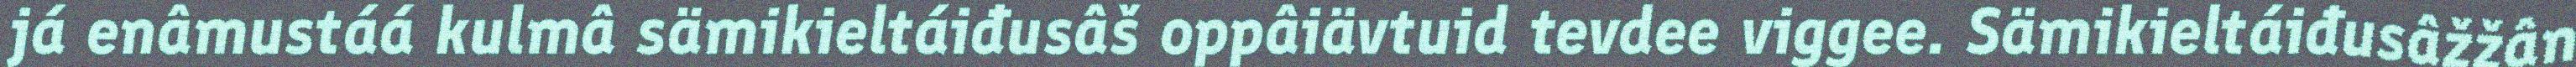
já enâmustáá kulmâ sämikieltáiđusâš oppâiävtuid tevdee viggee. Sämikieltáiđusâžžân